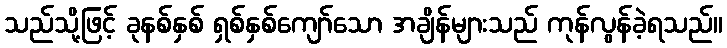
သည်သို့ဖြင့် ခုနစ်နှစ် ရှစ်နှစ်ကျော်သော အချိန်များသည် ကုန်လွန်ခဲ့ရသည်။